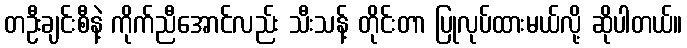
တဦးချင်းစီနဲ့ ကိုက်ညီအောင်လည်း သီးသန့် တိုင်းတာ ပြုလုပ်ထားမယ်လို့ ဆိုပါတယ်။